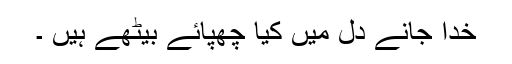
خدا جانے دل میں کیا چھپائے بیٹھے ہیں ۔